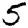
Digit: 5